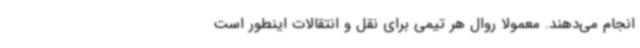
انجام می‌دهند. معمولا روال هر تیمی برای نقل و انتقالات اینطور است